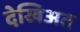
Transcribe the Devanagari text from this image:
देखिअत